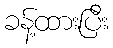
ခန့်ထားပြီး